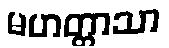
မဟတ္တာသာ